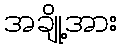
အချို့အား